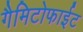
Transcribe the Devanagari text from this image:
गैमिटोफाईट